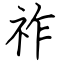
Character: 祚